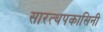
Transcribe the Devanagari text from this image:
सारत्थपकासिनी